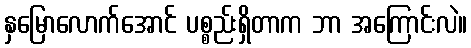
နှမြောလောက်အောင် ပစ္စည်းရှိတာက ဘာ အကြောင်းလဲ။